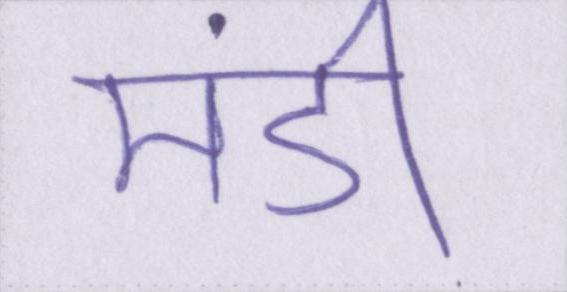
मंडी